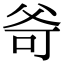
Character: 𤕒